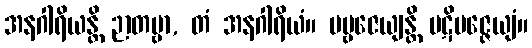
အနဂါရိယန္တိ ဉာတဗ္ဗာ, တံ အနဂါရိယံ။ ပဗ္ဗဇေယျန္တိ ပဋိပဇ္ဇေယျံ။